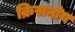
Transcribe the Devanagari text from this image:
क्रिसनोय